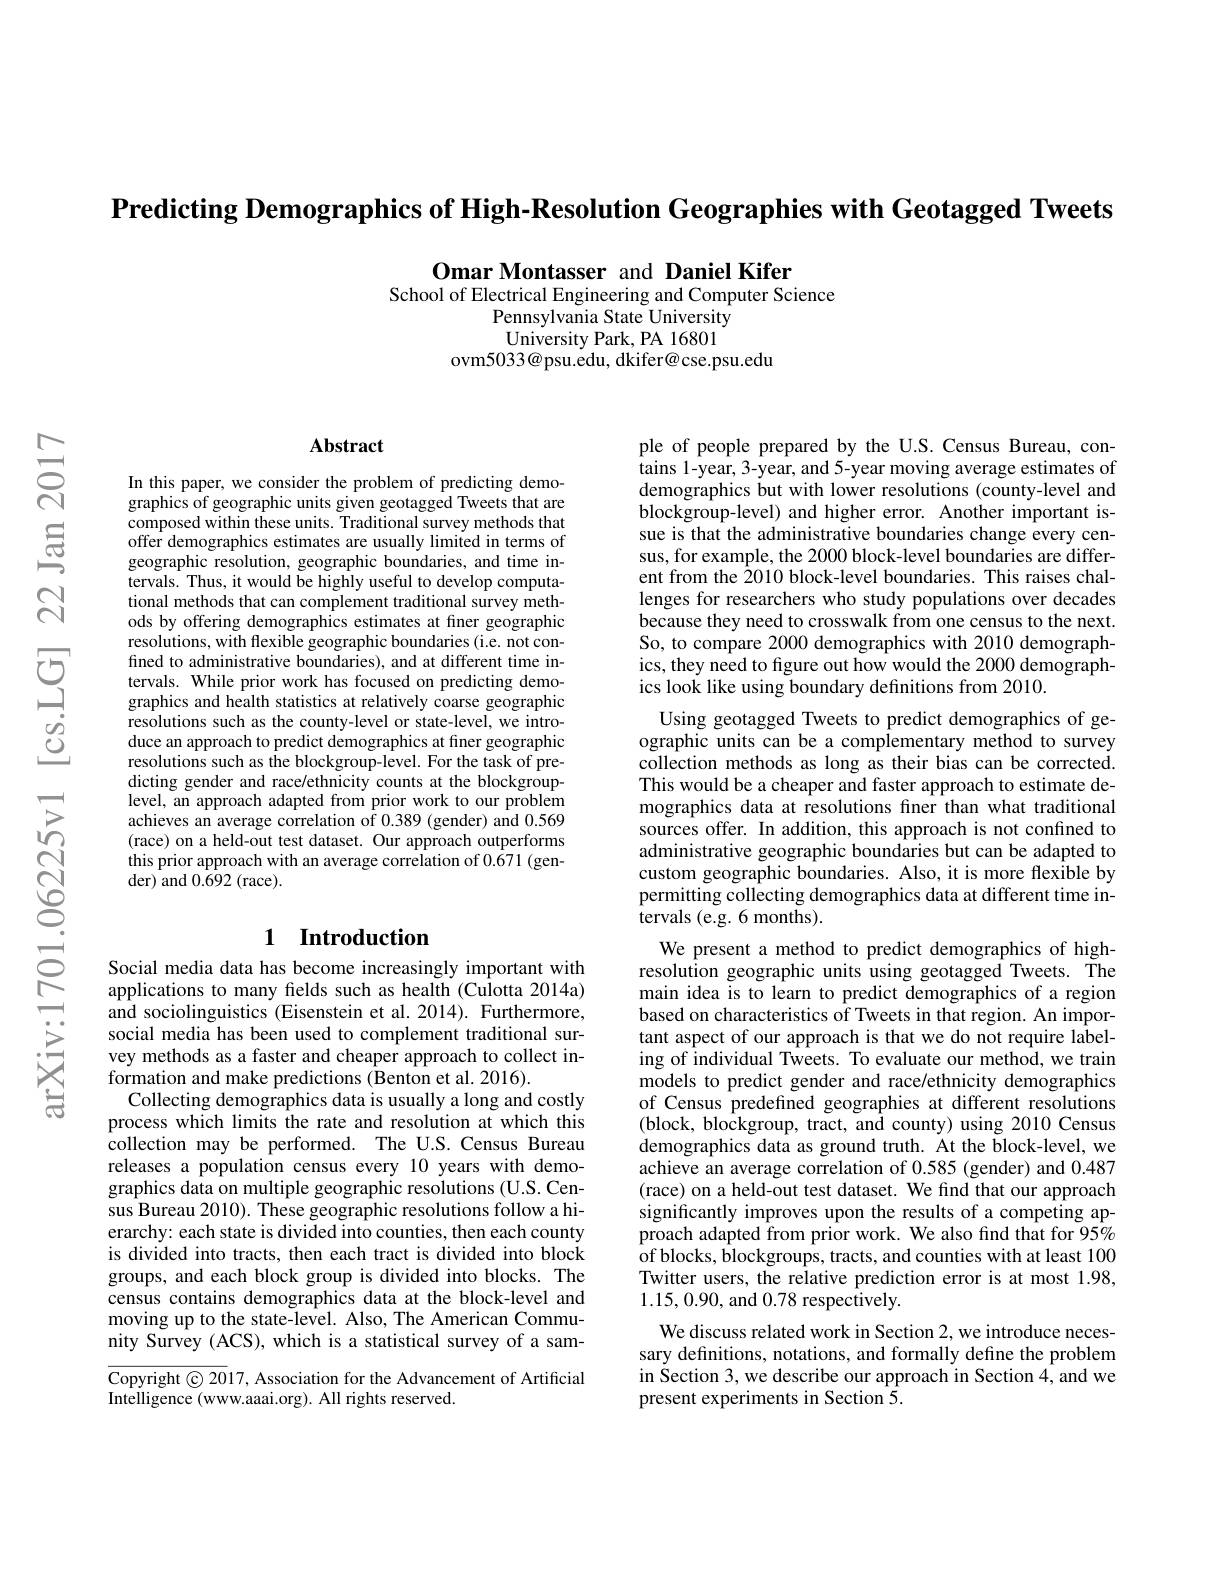
Predicting Demographics of High-Resolution Geographies with Geotagged Tweets

Omar Montasser and Daniel Kifer
School of Electrical Engineering and Computer Science
Pennsylvania State University University Park, PA 16801
ovm5033@psu.edu, dkifer@cse.psu.edu

### $\mathbf{Abstract}$

In this paper, we consider the problem of predicting demographics of geographic units given geotagged Tweets that are composed within these units. Traditional survey methods that offer demographics estimates are usually limited in terms of geographic resolution, geographic boundaries, and time intervals. Thus, it would be highly useful to develop computational methods that can complement traditional survey methods by offering demographics estimates at finer geographic resolutions, with flexible geographic boundaries (i.e. not confined to administrative boundaries), and at different time intervals. While prior work has focused on predicting demographics and health statistics at relatively coarse geographic resolutions such as the county-level or state-level, we introduce an approach to predict demographics at finer geographic resolutions such as the blockgroup-level. For the task of predicting gender and race/ethnicity counts at the blockgrouplevel, an approach adapted from prior work to our problem achieves an average correlation of 0.389 (gender) and 0.569 (race) on a held-out test dataset. Our approach outperforms this prior approach with an average correlation of 0.671 (gen- ${\mathrm{der)~and~0.692~(race).}}$

## 1 Introduction

Social media data has become increasingly important with applications to many felds such as health (Culotta 2014a) and sociolinguistics (Eisenstein et al. 2014). Furthermore, social media has been used to complement traditional survey methods as a faster and cheaper approach to collect information and make predictions (Benton et al. 2016).
Collecting demographics data is usually a long and costly process which limits the rate and resolution at which this collection may be performed. The U.S. Census Bureau releases a population census every 10 years with demographics data on multiple geographic resolutions (U.S. Census Bureau 2010). These geographic resolutions follow a hierarchy: each state is divided into counties, then each county is divided into tracts, then each tract is divided into block groups, and each block group is divided into blocks. The census contains demographics data at the block-level and moving up to the state-level. Also, The American Community Survey (ACS), which is a statistical survey of a sam-

$\overline{\mathrm{Copyright©20}}17$, Association for the Advancement of Artificial
Intelligence (www.aaai.org). All rights reserved.

ple of people prepared by the U.S. Census Bureau, contains 1-year, 3-year, and 5-year moving average estimates of demographics but with lower resolutions (county-level and blockgroup-level) and higher error. Another important issue is that the administrative boundaries change every census, for example, the 2000 block-level boundaries are different from the 2010 block-level boundaries. This raises challenges for researchers who study populations over decades because they need to crosswalk from one census to the next. So, to compare 2000 demographics with 2010 demographics, they need to figure out how would the 2000 demographics look like using boundary defınitions from 2010.

Using geotagged Tweets to predict demographics of geographic units can be a complementary method to survey collection methods as long as their bias can be corrected This would be a cheaper and faster approach to estimate demographics data at resolutions finer than what traditional sources offer. In addition, this approach is not confined to administrative geographic boundaries but can be adapted to custom geographic boundaries. Also, it is more flexible by permitting collecting demographics data at different time intervals (e.g.6months).
We present a method to predict demographics of highresolution geographic units using geotagged Tweets. The main idea is to learn to predict demographics of a region based on characteristics of Tweets in that region. An important aspect of our approach is that we do not require labeling of individual Tweets. To evaluate our method, we train models to predict gender and race/ethnicity demographics of Census predefined geographies at different resolutions $(block,blockgroup,tract,andcounty)$ using 2010 Census demographics data as ground truth. At the block-level, we achieve an average correlation of 0.585 (gender) and 0.487 (race) on a held-out test dataset. We find that our approach significantly improves upon the results of a competing approach adapted from prior work. We also find that for 95% ${\mathrm{of~blocks,~blockgroups,~tracts,~and~counties~with~at~least~100}}$ Twitter users, the relative prediction error is at most 1.98, 1.15,0.90, and 0.78 respectively.
We discuss related work in Section 2, we introduce necessary definitions, notations, and formally define the problem in Section 3, we describe our approach in Section 4, and we

present experiments in Section 5